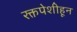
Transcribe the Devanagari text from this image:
रक्तपेशीहून